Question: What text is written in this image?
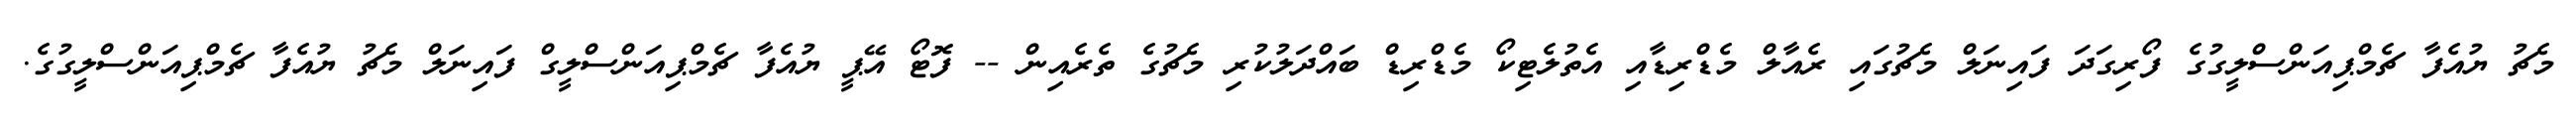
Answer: މެޗު ޔުއެފާ ޗެމްޕިއަންސްލީގުގެ ފޯރިގަދަ ފައިނަލް މެޗުގައި ރެއާލް މެޑްރިޑާއި އެތުލެޓިކޯ މެޑްރިޑް ބައްދަލުކުރި މެޗުގެ ތެރެއިން -- ފޮޓޯ އޭޕީ ޔުއެފާ ޗެމްޕިއަންސްލީގް ފައިނަލް މެޗު ޔުއެފާ ޗެމްޕިއަންސްލީގުގެ.